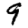
Digit: 9